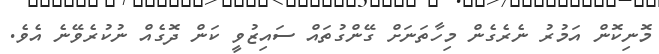
މޮނިކޮން އަމުރު ނެރެގެން މިހާތަނަށް ގޭންގުތައް ސައިޒުވީ ކަން ދޮގެއް ނުކުރެވޭނެ އެވެ.